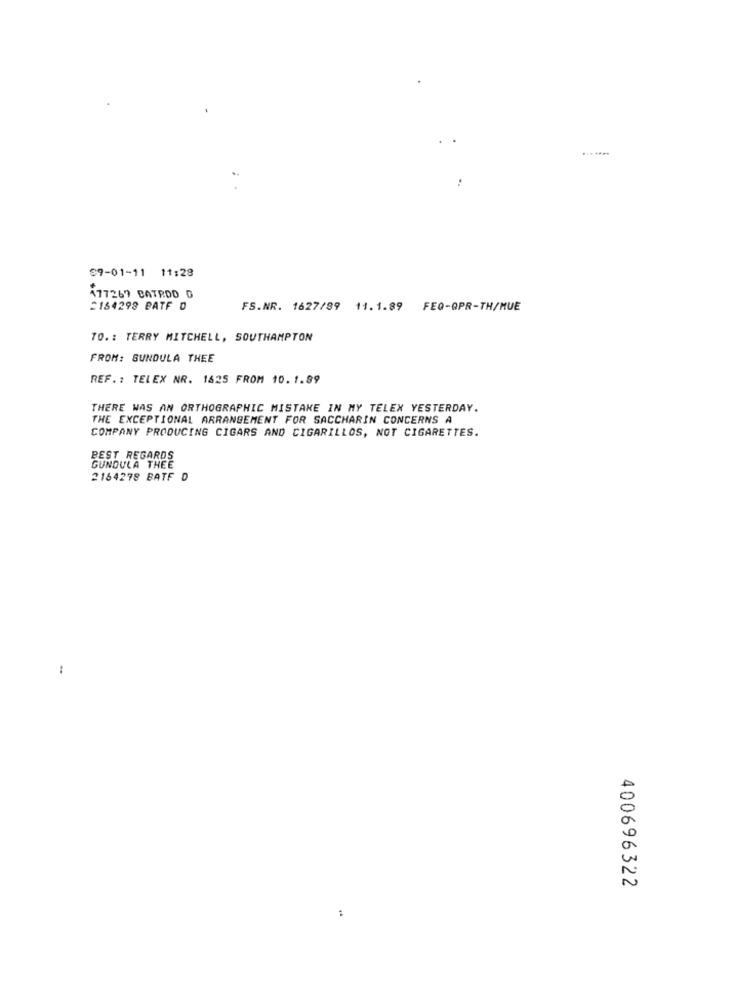
99-01-11 11:28
177269 BATROD D
=164298 BATF D
FS.NR. 1627/89 11.1.89 FEQ-OPR-TH/MUE
TO. : TERRY MITCHELL, SOUTHAMPTON
FROM: SUNDULA THEE
REF. : TELEX NR. 1625 FROM 10. 1.89
THERE WAS AN ORTHOGRAPHIC MISTAKE IN MY TELEX YESTERDAY.
THE EXCEPTIONAL ARRANGEMENT FOR SACCHARIN CONCERNS A
COMPANY PRODUCING CIGARS AND CIGARILLOS, NOT CIGARETTES.
BEST REGARDS
GUNDULA THEE
2164278 BATF D
400696322
: